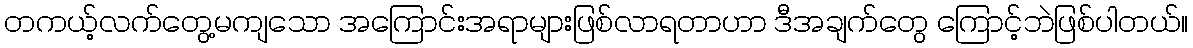
တကယ့်လက်တွေ့မကျသော အကြောင်းအရာများဖြစ်လာရတာဟာ ဒီအချက်တွေ ကြောင့်ဘဲဖြစ်ပါတယ်။